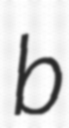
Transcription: b